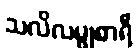
သလိလမ္ဗုစာရီ